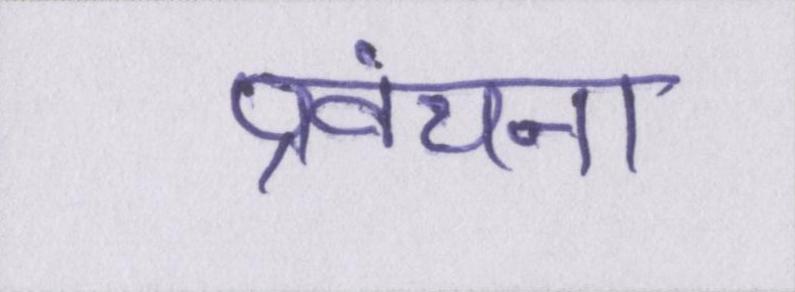
प्रवंचना